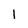
Character: 1